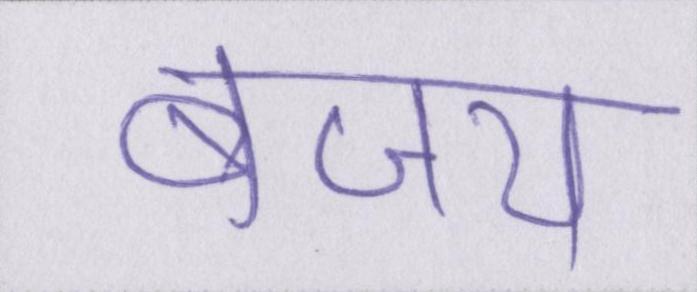
बजाय